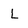
Character: L